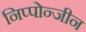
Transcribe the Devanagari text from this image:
निप्पोन्जीन